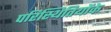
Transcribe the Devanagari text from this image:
परिस्थितियोंके